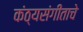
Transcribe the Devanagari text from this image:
कंठ्यसंगीताचे